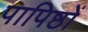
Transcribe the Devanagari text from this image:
पापिष्ठों